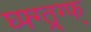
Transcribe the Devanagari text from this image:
घ्फ्ग्त्र्ग्फ्